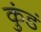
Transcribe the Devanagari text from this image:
कुंडं